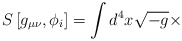
\begin{align*}S\left[ g_{\mu\nu},\phi_i \right]= \int d^4x \sqrt{-g} \times\end{align*}